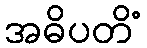
အဓိပတိံ